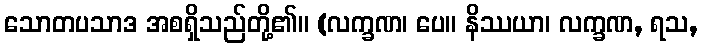
သောတပသာဒ အစရှိသည်တို့၏။ (လက္ခဏ၊ ပေ။ နိဿယာ၊ လက္ခဏ, ရသ,